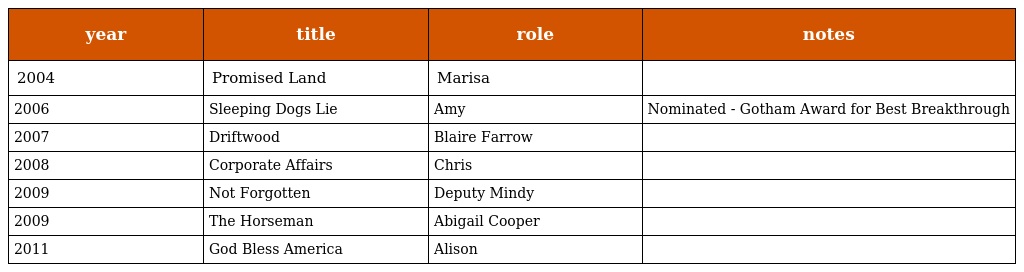
| year | title | role | notes |
 | --- | --- | --- | --- |
 | 2004 | Promised Land | Marisa |  |
 | 2006 | Sleeping Dogs Lie | Amy | Nominated - Gotham Award for Best Breakthrough |
 | 2007 | Driftwood | Blaire Farrow |  |
 | 2008 | Corporate Affairs | Chris |  |
 | 2009 | Not Forgotten | Deputy Mindy |  |
 | 2009 | The Horseman | Abigail Cooper |  |
 | 2011 | God Bless America | Alison |  |